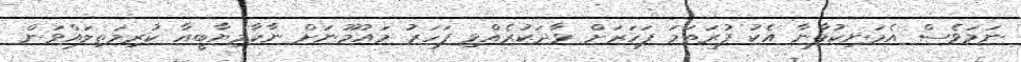
ނަމަވެސް އެމަނިކުފާނާ އެކު ފުރަތަމަ ފަހަރަށް ވާދަކުރެއްވި ފަހަރު މައުމޫނަށް ނާކާމިޔާބީއާ ކުރިމަތިލައްވަން